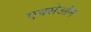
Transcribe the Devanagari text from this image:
एक्सेओन